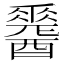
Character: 𨣩